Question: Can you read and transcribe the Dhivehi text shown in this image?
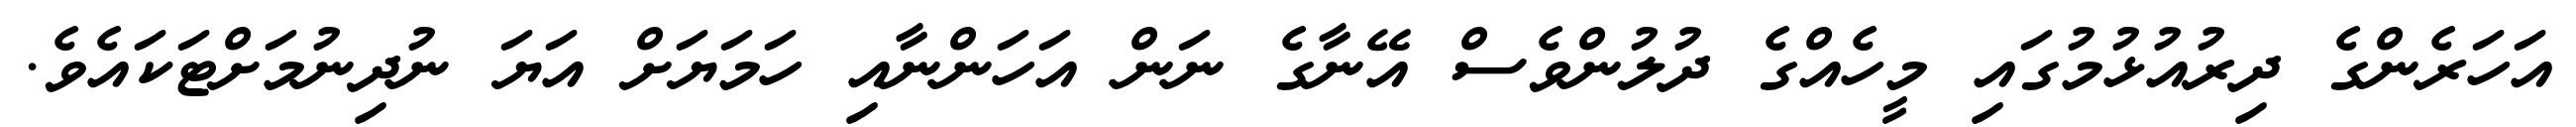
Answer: އަހަރެންގެ ދިރުއުޅުމުގައި މީހެއްގެ ދުލުންވެސް އޭނާގެ ނަން އަހަންނާއި ހަމަޔަށް އަޔަ ނުދިނުމަށްޓަކައެވެ.